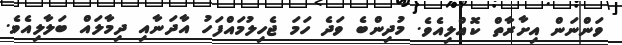
ވަންނަން އިށާރާތް ކޮއްލިއެވެ. މުދިންބެ ވަދެ ހަމަ ޖެހިލުމައްފަހު އާދަނާއި ދިމާލައް ބަލާލިއެވެ.